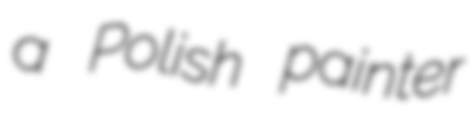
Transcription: a Polish painter